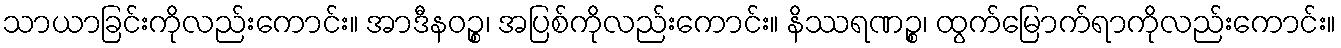
သာယာခြင်းကိုလည်းကောင်း။ အာဒီနဝဉ္စ၊ အပြစ်ကိုလည်းကောင်း။ နိဿရဏဉ္စ၊ ထွက်မြောက်ရာကိုလည်းကောင်း။